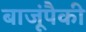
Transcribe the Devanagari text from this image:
बाजूंपैकी